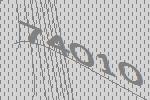
74010